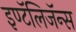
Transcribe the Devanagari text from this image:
इण्टॅलिजॅन्स